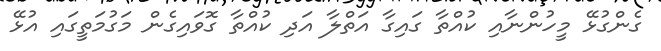
ގެންގުޅޭ މީހުންނާއި ކުއްތާ ގައިގާ އަތްލާ އަދި ކުއްތާ ގޮވައިގެން މަގުމަތީގައި އުޅޭ